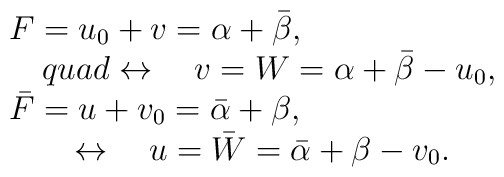
\begin{array}{l}F=u_0+v=\alpha +\bar \beta , \\\quad quad \leftrightarrow \quad v=W=\alpha +\bar \beta -u_0, \\\bar F=u+v_0=\bar \alpha +\beta , \\\quad \quad \leftrightarrow \quad u=\bar W=\bar \alpha +\beta -v_0.\end{array}